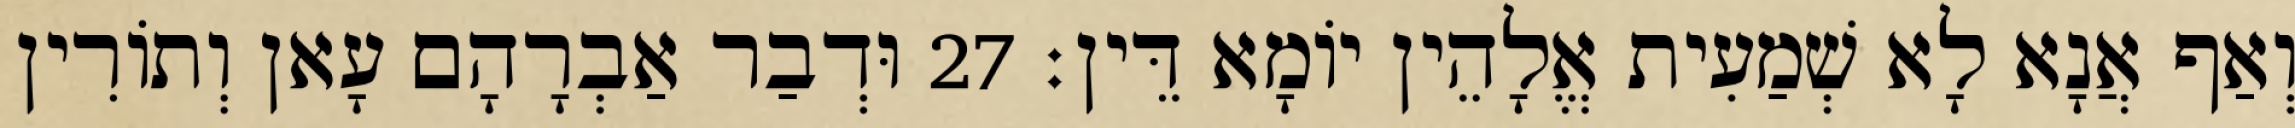
וְאַף אֲנָא לָא שְׁמַעִית אֱלָהֵין יוֹמָא דֵּין׃ 27 וּדְבַר אַבְרָהָם עָאן וְתוֹרִין